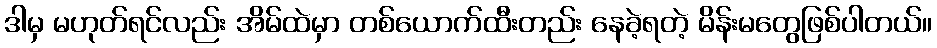
ဒါမှ မဟုတ်ရင်လည်း အိမ်ထဲမှာ တစ်ယောက်ထီးတည်း နေခဲ့ရတဲ့ မိန်းမတွေဖြစ်ပါတယ်။